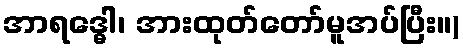
အာရဒ္ဓေါ၊ အားထုတ်တော်မူအပ်ပြီး။)